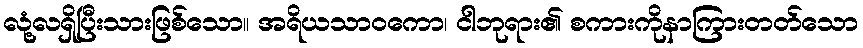
လုံ့လရှိပြီးသားဖြစ်သော။ အရိယသာဝကော၊ ငါဘုရား၏ စကားကိုနာကြားတတ်သော